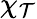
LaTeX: \chi_{\mathcal{T}}